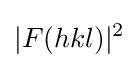
|F(hkl)|^{2}